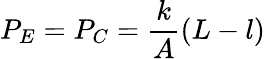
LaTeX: P_{E}=P_{C}=\frac{k}{A}\left(L-l\right)